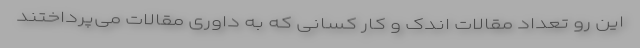
این رو تعداد مقالات اندک و کار کسانی که به داوری مقالات می‌پرداختند